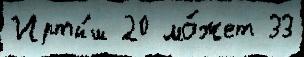
Ирты́ш 20 мо́жет 33